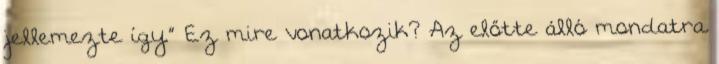
jellemezte így.” Ez mire vonatkozik? Az előtte álló mondatra